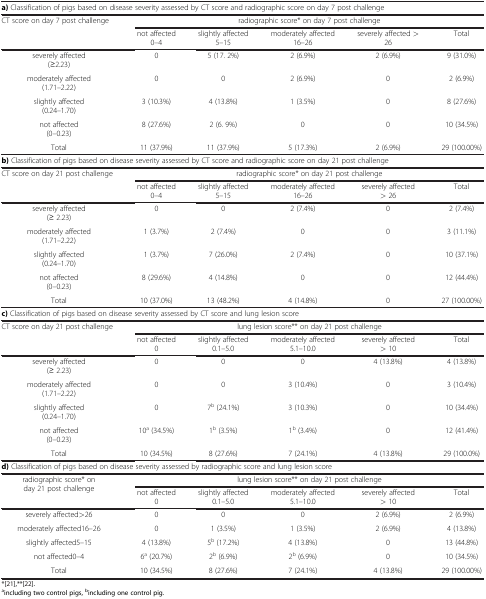
<table><thead><tr><td><b> </b></td><td><b> </b></td><td><b> </b></td><td><b> </b></td><td><b> </b></td><td><b> </b></td></tr></thead><tbody><tr><td colspan="6"><b>a)</b> Classification of pigs based on disease severity assessed by CT score and radiographic score on day 7 post challenge</td></tr><tr><td rowspan="2">CT score on day 7 post challenge</td><td colspan="5">radiographic score* on day 7 post challenge</td></tr><tr><td>not affected 0–4</td><td>slightly affected 5–15</td><td>moderately affected 16–26</td><td>severely affected &gt; 26</td><td>Total</td></tr><tr><td>severely affected (≥2.23)</td><td>0</td><td>5 (17. 2%)</td><td>2 (6.9%)</td><td>2 (6.9%)</td><td>9 (31.0%)</td></tr><tr><td>moderately affected (1.71–2.22)</td><td>0</td><td>0</td><td>2 (6.9%)</td><td>0</td><td>2 (6.9%)</td></tr><tr><td>slightly affected (0.24–1.70)</td><td>3 (10.3%)</td><td>4 (13.8%)</td><td>1 (3.5%)</td><td>0</td><td>8 (27.6%)</td></tr><tr><td>not affected (0–0.23)</td><td>8 (27.6%)</td><td>2 (6. 9%)</td><td>0</td><td>0</td><td>10 (34.5%)</td></tr><tr><td>Total</td><td>11 (37.9%)</td><td>11 (37.9%)</td><td>5 (17.3%)</td><td>2 (6.9%)</td><td>29 (100.00%)</td></tr><tr><td colspan="6"><b>b)</b> Classification of pigs based on disease severity assessed by CT score and radiographic score on day 21 post challenge</td></tr><tr><td rowspan="2">CT score on day 21 post challenge</td><td colspan="5">radiographic score* on day 21 post challenge</td></tr><tr><td>not affected 0–4</td><td>slightly affected 5–15</td><td>moderately affected 16–26</td><td>severely affected &gt; 26</td><td>Total</td></tr><tr><td>severely affected (≥ 2.23)</td><td>0</td><td>0</td><td>2 (7.4%)</td><td>0</td><td>2 (7.4%)</td></tr><tr><td>moderately affected (1.71–2.22)</td><td>1 (3.7%)</td><td>2 (7.4%)</td><td>0</td><td>0</td><td>3 (11.1%)</td></tr><tr><td>slightly affected (0.24–1.70)</td><td>1 (3.7%)</td><td>7 (26.0%)</td><td>2 (7.4%)</td><td>0</td><td>10 (37.1%)</td></tr><tr><td>not affected (0–0.23)</td><td>8 (29.6%)</td><td>4 (14.8%)</td><td>0</td><td>0</td><td>12 (44.4%)</td></tr><tr><td>Total</td><td>10 (37.0%)</td><td>13 (48.2%)</td><td>4 (14.8%)</td><td>0</td><td>27 (100.00%)</td></tr><tr><td colspan="6"><b>c)</b> Classification of pigs based on disease severity assessed by CT score and lung lesion score</td></tr><tr><td rowspan="2">CT score on day 21 post challenge</td><td colspan="5">lung lesion score** on day 21 post challenge</td></tr><tr><td>not affected 0</td><td>slightly affected 0.1–5.0</td><td>moderately affected 5.1–10.0</td><td>severely affected &gt; 10</td><td>Total</td></tr><tr><td>severely affected (≥ 2.23)</td><td>0</td><td>0</td><td>0</td><td>4 (13.8%)</td><td>4 (13.8%)</td></tr><tr><td>moderately affected (1.71–2.22)</td><td>0</td><td>0</td><td>3 (10.4%)</td><td>0</td><td>3 (10.4%)</td></tr><tr><td>slightly affected (0.24–1.70)</td><td>0</td><td>7<sup>b</sup> (24.1%)</td><td>3 (10.3%)</td><td>0</td><td>10 (34.4%)</td></tr><tr><td>not affected (0–0.23)</td><td>10<sup>a</sup> (34.5%)</td><td>1<sup>b</sup> (3.5%)</td><td>1<sup>b</sup> (3.4%)</td><td>0</td><td>12 (41.4%)</td></tr><tr><td>Total</td><td>10 (34.5%)</td><td>8 (27.6%)</td><td>7 (24.1%)</td><td>4 (13.8%)</td><td>29 (100.0%)</td></tr><tr><td colspan="6"><b>d)</b> Classification of pigs based on disease severity assessed by radiographic score and lung lesion score</td></tr><tr><td rowspan="2">radiographic score* on day 21 post challenge</td><td colspan="5">lung lesion score** on day 21 post challenge</td></tr><tr><td>not affected 0</td><td>slightly affected 0.1–5.0</td><td>moderately affected 5.1–10.0</td><td>severely affected &gt; 10</td><td>Total</td></tr><tr><td>severely affected&gt;26</td><td>0</td><td>0</td><td>0</td><td>2 (6.9%)</td><td>2 (6.9%)</td></tr><tr><td>moderately affected16–26</td><td>0</td><td>1 (3.5%)</td><td>1 (3.5%)</td><td>2 (6.9%)</td><td>4 (13.8%)</td></tr><tr><td>slightly affected5–15</td><td>4 (13.8%)</td><td>5<sup>b</sup> (17.2%)</td><td>4 (13.8%)</td><td>0</td><td>13 (44.8%)</td></tr><tr><td>not affected0–4</td><td>6<sup>a</sup> (20.7%)</td><td>2<sup>b</sup> (6.9%)</td><td>2<sup>b</sup> (6.9%)</td><td>0</td><td>10 (34.5%)</td></tr><tr><td>Total</td><td>10 (34.5%)</td><td>8 (27.6%)</td><td>7 (24.1%)</td><td>4 (13.8%)</td><td>29 (100.00%)</td></tr></tbody></table>